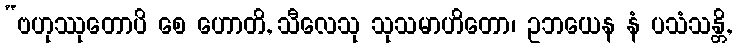
“ဗဟုဿုတောပိ စေ ဟောတိ, သီလေသု သုသမာဟိတော၊ ဥဘယေန နံ ပသံသန္တိ,